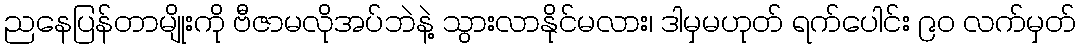
ညနေပြန်တာမျိုးကို ဗီဇာမလိုအပ်ဘဲနဲ့ သွားလာနိုင်မလား၊ ဒါမှမဟုတ် ရက်ပေါင်း ၉၀ လက်မှတ်